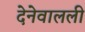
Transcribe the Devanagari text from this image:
देनेवालली